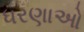
ધરણાઓ